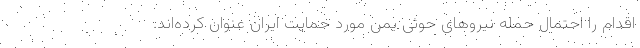
اقدام را احتمال حمله نیروهای حوثی یمن مورد حمایت ایران عنوان کرده‌اند.